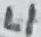
Text: L1